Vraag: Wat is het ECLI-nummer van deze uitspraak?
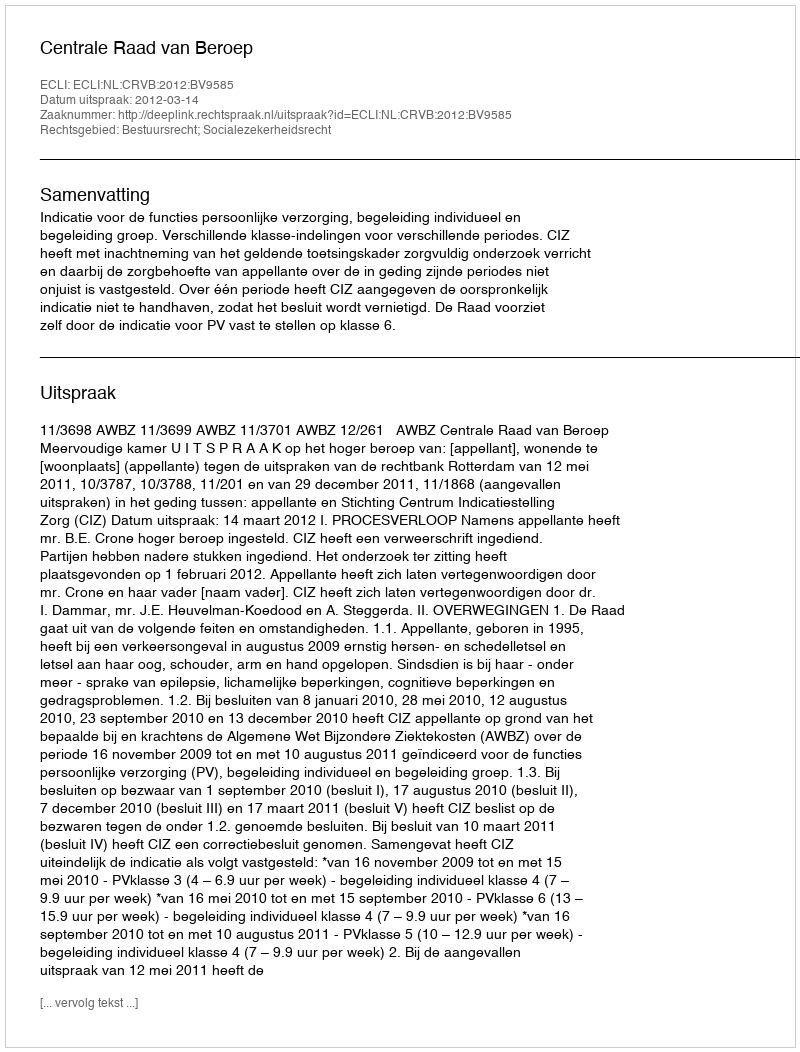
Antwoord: ECLI:NL:CRVB:2012:BV9585